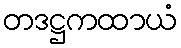
တဒဋ္ဌကထာယံ